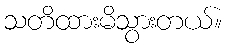
သတိထားမိသွားတယ်။